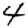
Digit: 4